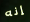
إنه